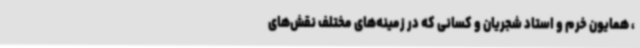
، همایون خرم و استاد شجریان و کسانی که در زمینه‌های مختلف نقش‌های